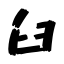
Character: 臼